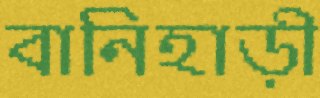
বানিহাড়ী